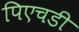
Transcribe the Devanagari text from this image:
पिएचडी